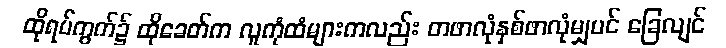
ထိုရပ်ကွက်၌ ထိုခေတ်က လူကုံထံများကလည်း တဖာလုံနှစ်ဖာလုံမျှပင် ခြေလျင်